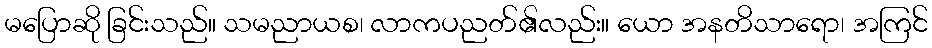
မပြောဆို ခြင်းသည်။ သမညာယစ၊ လာကပညတ်၏လည်း။ ယော အနတိသာရော၊ အကြင်